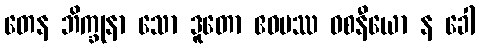
တေန ဘိက္ခုနာ သော ဒူတော ဧဝမဿ ဝစနီယော န ခေါ